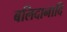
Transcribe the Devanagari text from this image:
बलिदानादि